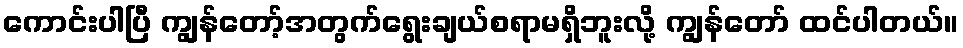
ကောင်းပါပြီ ကျွန်တော့်အတွက်ရွေးချယ်စရာမရှိဘူးလို့ ကျွန်တော် ထင်ပါတယ်။